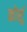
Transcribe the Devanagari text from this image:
कोर्सू